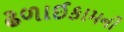
ઢળાઈકામની